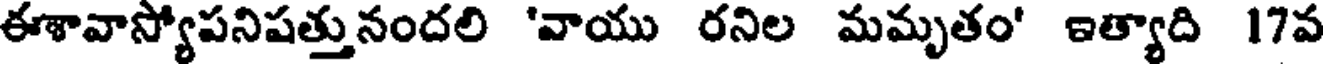
ఈశావాస్యోపనిషత్తునందలి 'వాయు రనిల మమృతం' ఇత్యాది 17వ